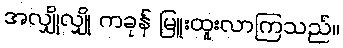
အလျှိုလျှို ကခုန် မြူးထူးလာကြသည်။